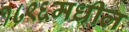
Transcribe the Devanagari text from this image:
१८९६मधील